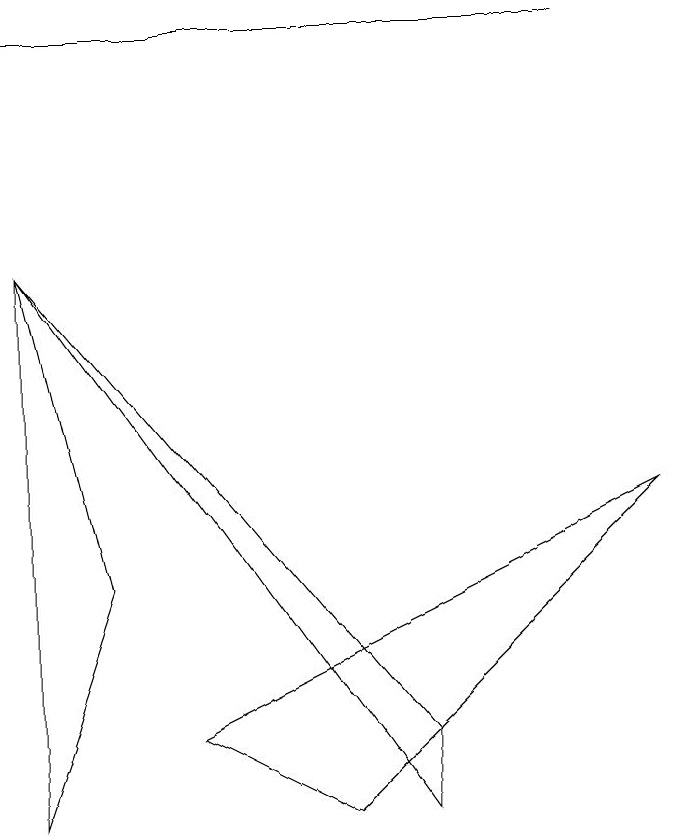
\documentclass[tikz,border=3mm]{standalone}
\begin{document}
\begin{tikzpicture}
\draw (8,12) rectangle (1,12);
\draw (1,2) -- (1,9) -- (2,5) -- cycle;
\draw (6,3) -- (6,2) -- (1,9) -- cycle;
\draw (9,6) -- (5,2) -- (3,3) -- cycle;
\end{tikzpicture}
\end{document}